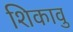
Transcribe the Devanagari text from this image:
शिकावु